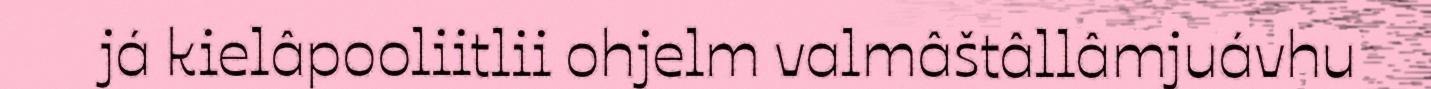
já kielâpooliitlii ohjelm valmâštâllâmjuávhu